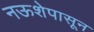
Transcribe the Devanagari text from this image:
नऊशेपासून